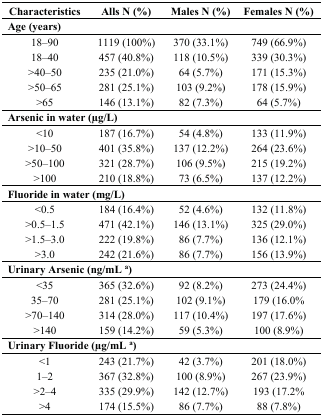
| Characteristics | Alls N (%) | Males N (%) | Females N (%) |
 | --- | --- | --- | --- |
 | <COLSPAN=4> Age (years) |
 | 18–90 | 1119 (100%) | 370 (33.1%) | 749 (66.9%) |
 | 18–40 | 457 (40.8%) | 118 (10.5%) | 339 (30.3%) |
 | >40–50 | 235 (21.0%) | 64 (5.7%) | 171 (15.3%) |
 | >50–65 | 281 (25.1%) | 103 (9.2%) | 178 (15.9%) |
 | >65 | 146 (13.1%) | 82 (7.3%) | 64 (5.7%) |
 | <COLSPAN=4> Arsenic in water (μg/L) |
 | <10 | 187 (16.7%) | 54 (4.8%) | 133 (11.9%) |
 | >10–50 | 401 (35.8%) | 137 (12.2%) | 264 (23.6%) |
 | >50–100 | 321 (28.7%) | 106 (9.5%) | 215 (19.2%) |
 | >100 | 210 (18.8%) | 73 (6.5%) | 137 (12.2%) |
 | <COLSPAN=4> Fluoride in water (mg/L) |
 | <0.5 | 184 (16.4%) | 52 (4.6%) | 132 (11.8%) |
 | >0.5–1.5 | 471 (42.1%) | 146 (13.1%) | 325 (29.0%) |
 | >1.5–3.0 | 222 (19.8%) | 86 (7.7%) | 136 (12.1%) |
 | >3.0 | 242 (21.6%) | 86 (7.7%) | 156 (13.9%) |
 | <COLSPAN=4> Urinary Arsenic (ng/mL a) |
 | <35 | 365 (32.6%) | 92 (8.2%) | 273 (24.4%) |
 | 35–70 | 281 (25.1%) | 102 (9.1%) | 179 (16.0% |
 | >70–140 | 314 (28.0%) | 117 (10.4%) | 197 (17.6%) |
 | >140 | 159 (14.2%) | 59 (5.3%) | 100 (8.9%) |
 | <COLSPAN=4> Urinary Fluoride (μg/mL a) |
 | <1 | 243 (21.7%) | 42 (3.7%) | 201 (18.0%) |
 | 1–2 | 367 (32.8%) | 100 (8.9%) | 267 (23.9%) |
 | >2–4 | 335 (29.9%) | 142 (12.7%) | 193 (17.2% |
 | >4 | 174 (15.5%) | 86 (7.7%) | 88 (7.8%) |